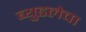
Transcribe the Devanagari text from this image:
ब्युडलेचा